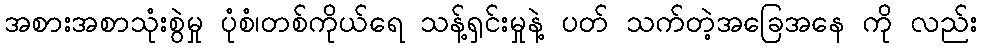
အစားအစာသုံးစွဲမှု ပုံစံ၊တစ်ကိုယ်ရေ သန့်ရှင်းမှုနဲ့ ပတ် သက်တဲ့အခြေအနေ ကို လည်း